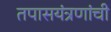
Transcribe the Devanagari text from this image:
तपासयंत्रणांची